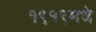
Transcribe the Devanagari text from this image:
१९१९मधे